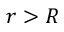
r > R